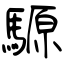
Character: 騵